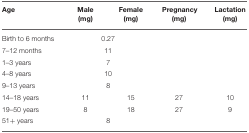
<table><thead><tr><td><b>Age</b></td><td><b>Male (mg)</b></td><td><b>Female (mg)</b></td><td><b>Pregnancy (mg)</b></td><td><b>Lactation (mg)</b></td></tr></thead><tbody><tr><td>Birth to 6 months</td><td colspan="2">0.27</td><td></td><td></td></tr><tr><td>7–12 months</td><td colspan="2">11</td><td></td><td></td></tr><tr><td>1–3 years</td><td colspan="2">7</td><td></td><td></td></tr><tr><td>4–8 years</td><td colspan="2">10</td><td></td><td></td></tr><tr><td>9–13 years</td><td colspan="2">8</td><td></td><td></td></tr><tr><td>14–18 years</td><td>11</td><td>15</td><td>27</td><td>10</td></tr><tr><td>19–50 years</td><td>8</td><td>18</td><td>27</td><td>9</td></tr><tr><td>51+ years</td><td colspan="2">8</td><td></td><td></td></tr></tbody></table>